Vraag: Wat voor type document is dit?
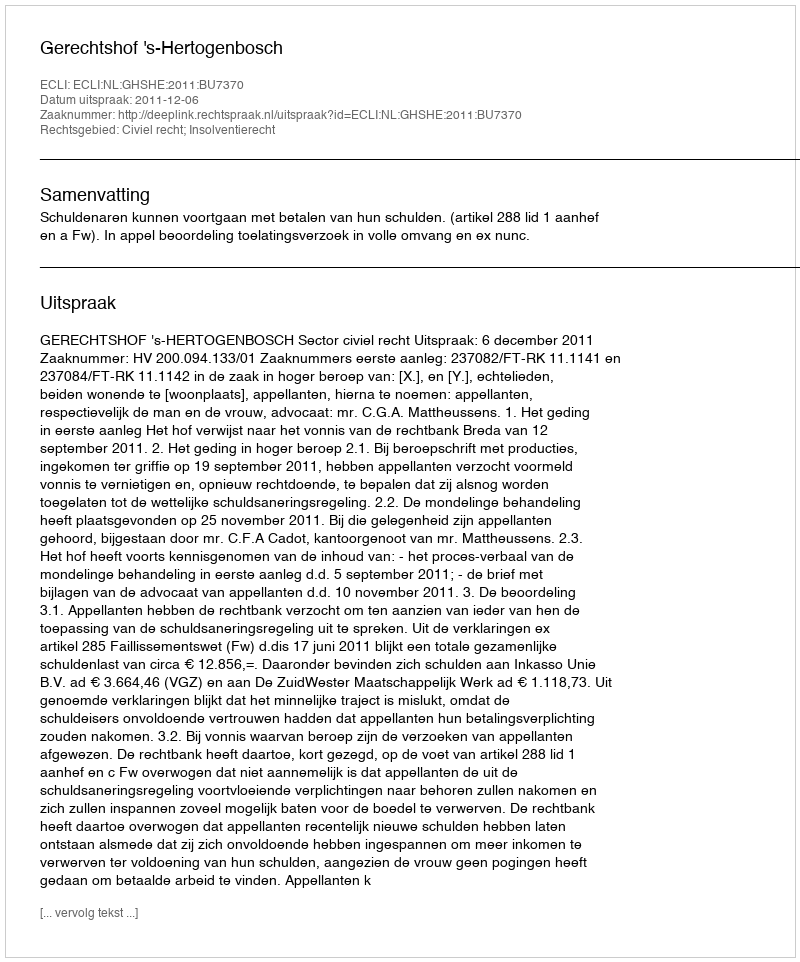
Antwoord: Uitspraak